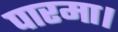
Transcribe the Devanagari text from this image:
पारमा।